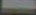
-